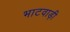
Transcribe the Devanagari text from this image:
भाटवाड़ी